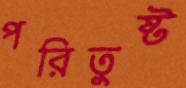
পরিতুষ্ট